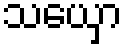
သယှော